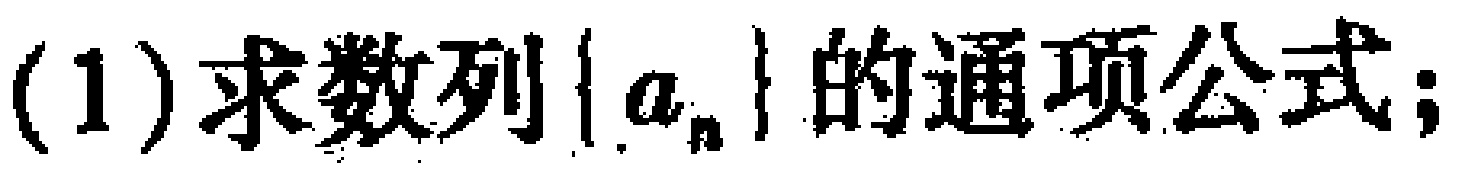
(1)求数列\(\{ a_{n}\}\)的通项公式；